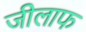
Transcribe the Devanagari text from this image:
जीलाफ